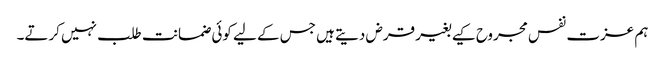
ہم عزت نفس مجروح کیے بغیر قرض دیتے ہیں جس کے لیے کوئی ضمانت طلب نہیں کرتے۔